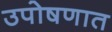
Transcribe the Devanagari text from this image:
उपोषणात